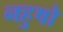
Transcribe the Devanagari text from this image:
नहुषो